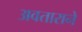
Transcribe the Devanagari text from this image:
अवताराने